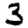
Digit: 3